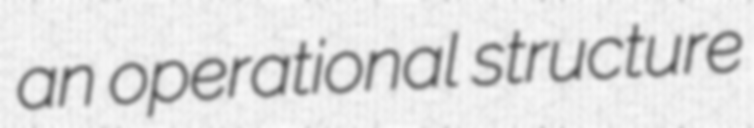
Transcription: an operational structure